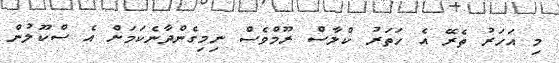
މި އަހަރު ތެރޭ އެ ހަތަރު ކްލާސް ރޫމްވެސް ނިމިގެންދާނެކަމަށް އެ ސްކޫލުން